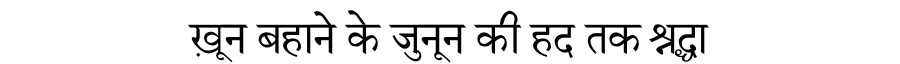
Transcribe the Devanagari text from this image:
ख़ून बहाने के जुनून की हद तक श्रद्धा